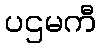
ပဌမကီ